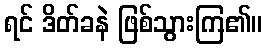
ရင် ဒိတ်ခနဲ ဖြစ်သွားကြ၏။